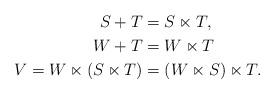
LaTeX: \begin{align*} S + T & = S \ltimes T,\\ W + T & = W \ltimes T \\ V = W \ltimes (S \ltimes T) & = (W \ltimes S)\ltimes T.\end{align*}